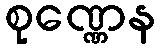
စုဏ္ဏေန